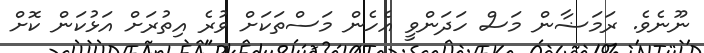
ނޫނެވެ. ރަމަޟާން މަސް ހަދަންވީ އެހެން މަސްތަކަށް ވުރެ އިތުރަށް އަޅުކަން ކޮށް